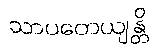
သာပတေယျန္တိ